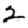
Digit: 2